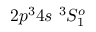
{ 2 p ^ { 3 } 4 s ~ ^ { 3 } S _ { 1 } ^ { o } }